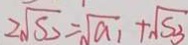
2 \sqrt { S _ { 2 } } = \sqrt { a _ { 1 } } + \sqrt { S _ { 3 } }